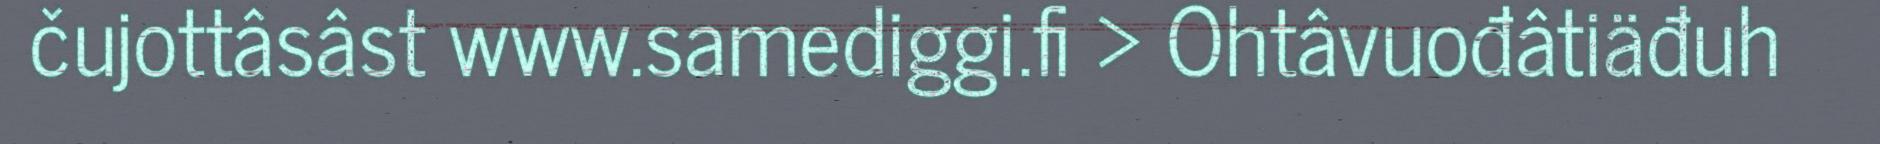
čujottâsâst www.samediggi.fi > Ohtâvuođâtiäđuh